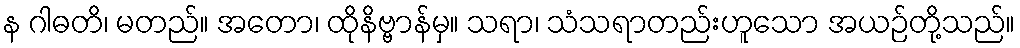
န ဂါဓတိ၊ မတည်။ အတော၊ ထိုနိဗ္ဗာန်မှ။ သရာ၊ သံသရာတည်းဟူသော အယဉ်တို့သည်။